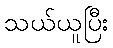
သယ်ယူပြီး